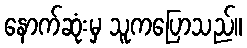
နောက်ဆုံးမှ သူကပြောသည်။